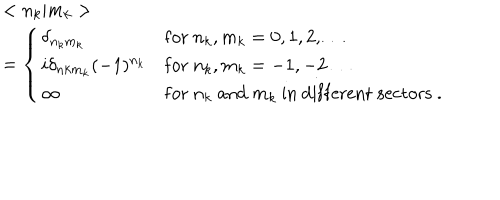
LaTeX: \begin{array} { l l } { { } } & { { < n _ { k } | m _ { k } > } } \\ { { } } & { { = \left\{ \begin{array} { l l } { { \delta _ { n _ { k } m _ { k } } } } & { { \mathrm { f o r } \ n _ { k } , m _ { k } = 0 , 1 , 2 , \ldots } } \\ { { i \delta _ { n k m _ { k } } ( - 1 ) ^ { n _ { k } } } } & { { \mathrm { f o r } \ n _ { k } , m _ { k } = - 1 , - 2 \ldots } } \\ { { \infty } } & { { \mathrm { f o r } \ n _ { k } \ \mathrm { a n d } \ m _ { k } \ \mathrm { i n \ d i f f e r e n t \ s e c t o r s } \ . } } \\ \end{array} \right. } } \\ \end{array}